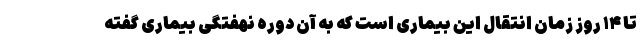
تا ۱۴ روز زمان انتقال این بیماری است که به آن دوره نهفتگی بیماری گفته